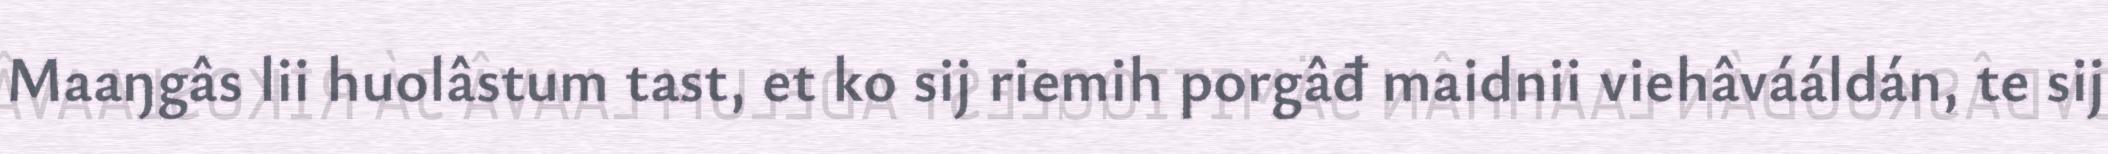
Maaŋgâs lii huolâstum tast, et ko sij riemih porgâđ maidnii viehâvááldán, te sij